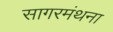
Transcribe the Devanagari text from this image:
सागरमंथना